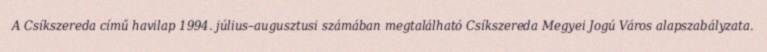
A Csíkszereda című havilap 1994. július–augusztusi számában megtalálható Csíkszereda Megyei Jogú Város alapszabályzata.